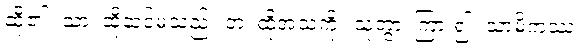
ဆို၏။ သာ၊ ထိုဆင်မသည်။ တံ၊ ထိုအသံကို။ သုတွာ၊ ကြား၍။ သာမိကဿ၊